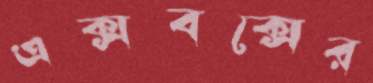
এক্সবক্সের